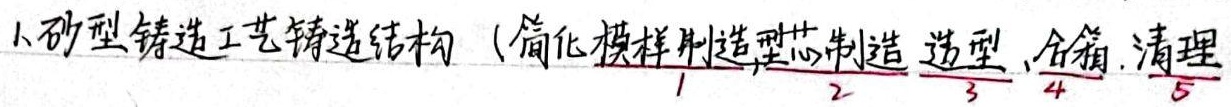

1.砂型铸造工艺铸造结构（
1.简化模样制造
2.型芯制造
3.造型
4.合箱
5.清理
)